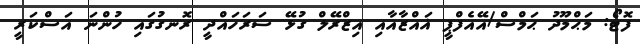
ފޮޓޯ: މަޙްމޫދު ޙަމްސް/އޭއެފްޕީ ޣައްޒާއާއި އިޒްރޭލް ގުޅޭ ސަރަހައްދީ ރޮނގުގައި ހުންނަ އަސްކަރީ